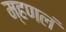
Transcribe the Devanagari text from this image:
म्हणलं